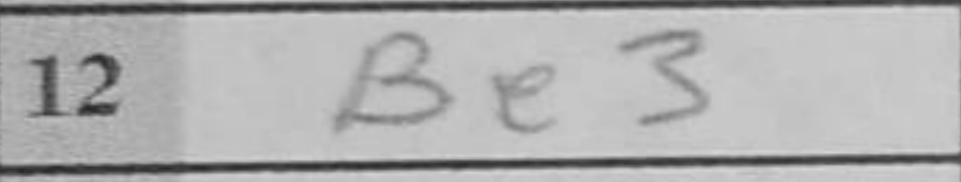
Transcription: Be3